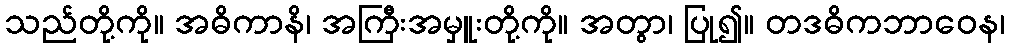
သည်တို့ကို။ အဓိကာနိ၊ အကြီးအမှူးတို့ကို။ အတွာ၊ ပြု၍။ တဒဓိကဘာဝေန၊